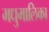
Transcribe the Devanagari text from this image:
मधुमालिका